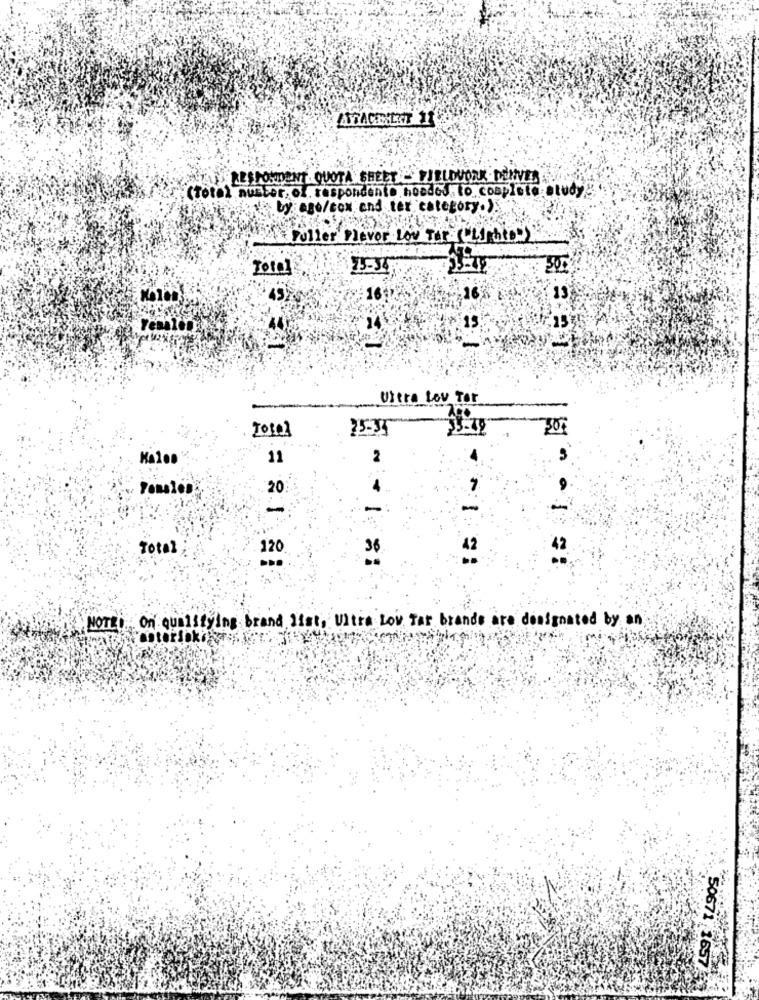
ATACIILKT 11
RESPONDENT QUOTA SHEET - FIELDWORK . DENVER
ctotal nuster, of respondentD hooded to complete:study
aby ago/cox and ter category.).
Fuller Dlevor Low Ter (Lighte)
49
16
Vitre Lov Tor
700
Total
25-31
Kalen
11
2
Females
20
4
-
Total
120
42
NOTty On qualifying brand list, Ultra Low Tar brands are designated by an
50671 1657